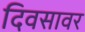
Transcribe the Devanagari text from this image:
दिवसावर